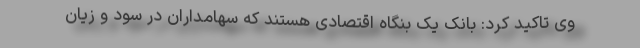
وی تاکید کرد: بانک یک بنگاه اقتصادی هستند که سهامداران در سود و زیان